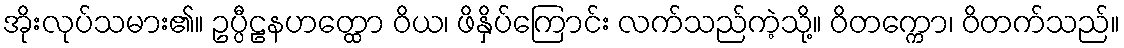
အိုးလုပ်သမား၏။ ဥပ္ပီဠနဟတ္ထော ဝိယ၊ ဖိနှိပ်ကြောင်း လက်သည်ကဲ့သို့။ ဝိတက္ကော၊ ဝိတက်သည်။